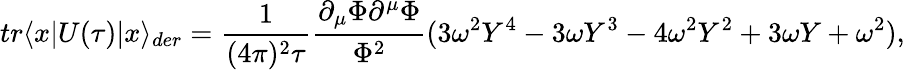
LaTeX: tr\langle x|U(\tau)|x\rangle_{der}=\frac{1}{(4\pi)^{2}\tau}\frac{\partial_{\mu}\Phi\partial^{\mu}\Phi}{\Phi^{2}}(3\omega^{2}Y^{4}-3\omega Y^{3}-4\omega^{2}Y^{2}+3\omega Y+\omega^{2}),